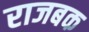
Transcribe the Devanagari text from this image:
राजबक